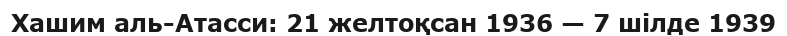
Хашим аль-Атасси: 21 желтоқсан 1936 — 7 шілде 1939